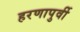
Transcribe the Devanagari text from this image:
हरणापुर्वी